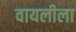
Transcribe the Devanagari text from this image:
वायलीला